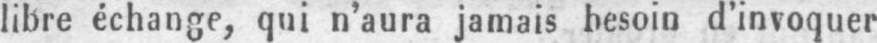
libre échange, qui n’aura jamais besoin d’invoquer